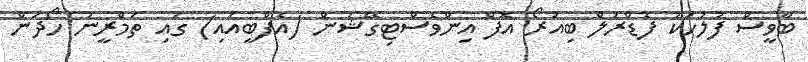
ބާވީސް ފުލުހަކު ފެޑްރަލް ބިއުރޯ އޮފް އިންވެސްޓިގޭޝަން (އެފްބީއައި) ގައި ތަމްރީނު ހޯދަން